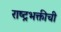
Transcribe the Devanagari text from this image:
राष्ट्रभक्तीची